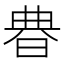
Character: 𣇺